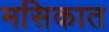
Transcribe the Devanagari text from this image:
मसिकात